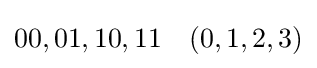
00,01,10,11\quad (0,1,2,3)